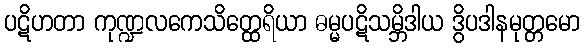
ပဋိဟတာ ကုဏ္ဍလကေသိတ္ထေရိယာ ဓမ္မပဋိသမ္ဘိဒါယ ဒွိပဒါနမုတ္တမော